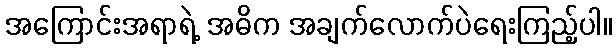
အကြောင်းအရာရဲ့ အဓိက အချက်လောက်ပဲရေးကြည့်ပါ။